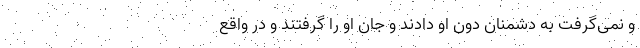
و نمی‌گرفت به دشمنانِ دونِ او دادند و جان او را گرفتند و در واقع